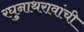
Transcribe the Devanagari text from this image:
रघुनाथरावांची